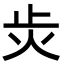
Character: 𭭝